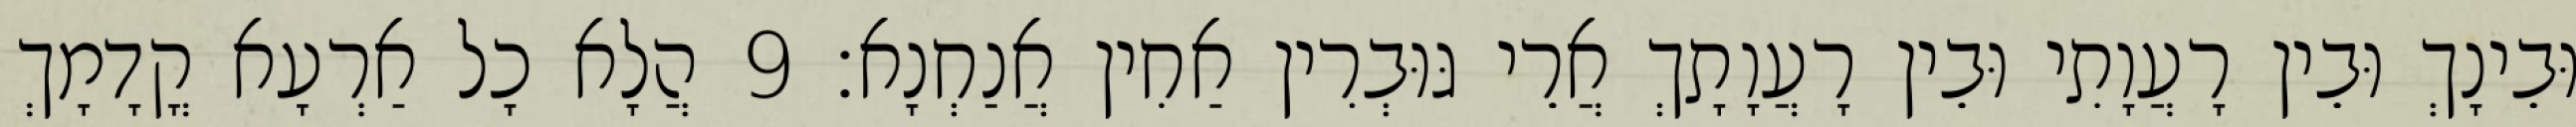
וּבֵינָךְ וּבֵין רָעֲוָתִי וּבֵין רָעֲוָתָךְ אֲרֵי גּוּבְרִין אַחִין אֲנַחְנָא׃ 9 הֲלָא כָל אַרְעָא קֳדָמָךְ